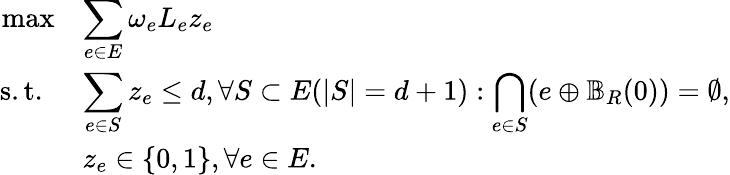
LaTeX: \begin{array}{rl}{\operatorname*{max}}&{\displaystyle\sum_{e\in E}\omega_{e}L_{e}z_{e}}\\ {\mathrm{s.t.~}}&{\displaystyle\sum_{e\in S}z_{e}\leq d,\forall S\subset E(|S|=d+1):\bigcap_{e\in S}(e\oplus\mathbb{B}_{R}(0))=\emptyset,}\\ &{z_{e}\in\{ 0,1\} ,\forall e\in E.}\end{array}